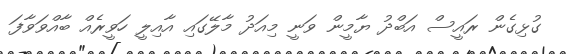
ގުޅިގެން ރައީސް އަބްދު ޔާމީން ވަނީ މިއަދު މާލޭގައި އާއިލީ ހަވީރެއްް ބާއްވަވާފަ